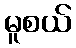
မူစယ်